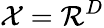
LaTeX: \mathcal{X}=\mathcal{R}^{D}